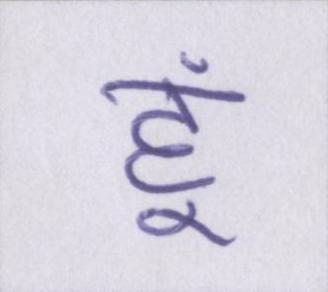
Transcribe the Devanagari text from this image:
हूं